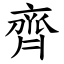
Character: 齊